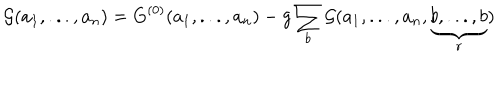
LaTeX: { { \cal G } } ( a _ { 1 } , . . . , a _ { n } ) = { G } ^ { ( 0 ) } ( a _ { 1 } , . . . , a _ { n } ) - g \sum _ { b } { { \cal G } } ( a _ { 1 } , . . . , a _ { n } , \underbrace { b , . . . , b } _ { r } )